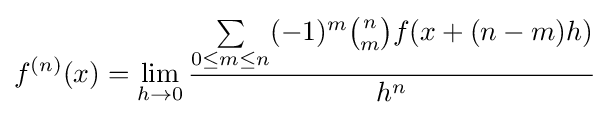
f^{(n)}(x)=\lim _{h\to 0}{\frac {\sum \limits _{0\leq m\leq n}(-1)^{m}{n \choose m}f(x+(n-m)h)}{h^{n}}}